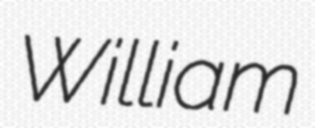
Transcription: William